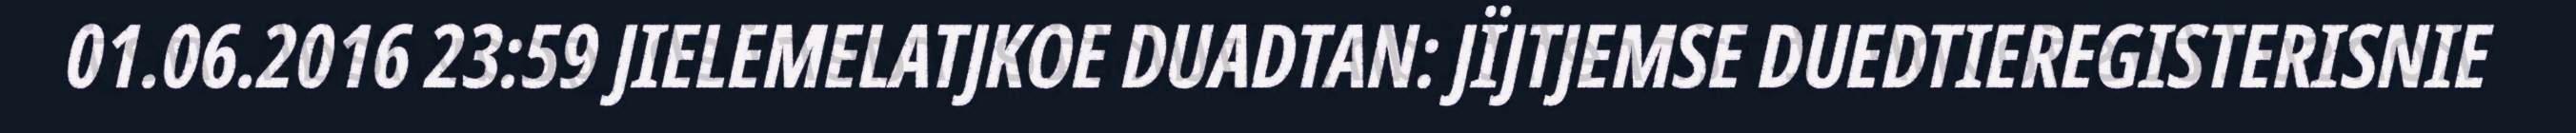
01.06.2016 23:59 JIELEMELATJKOE DUADTAN: JÏJTJEMSE DUEDTIEREGISTERISNIE